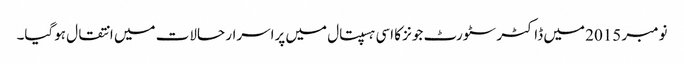
نومبر 2015 میں ڈاکٹر سٹورٹ جونز کا اسی ہسپتال میں پراسرار حالات میں انتقال ہوگیا۔